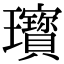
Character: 𤫞